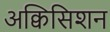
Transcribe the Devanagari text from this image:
अक्विसिशन